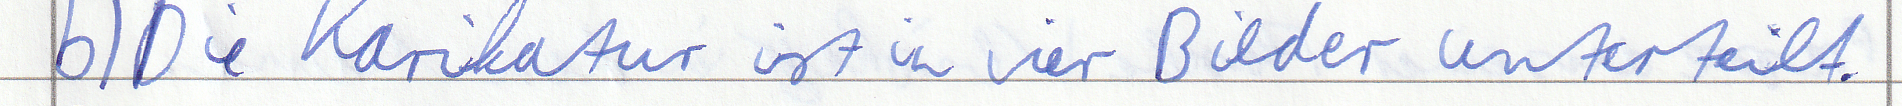
b) Die Karikatur ist in vier Bilder unteteilt.